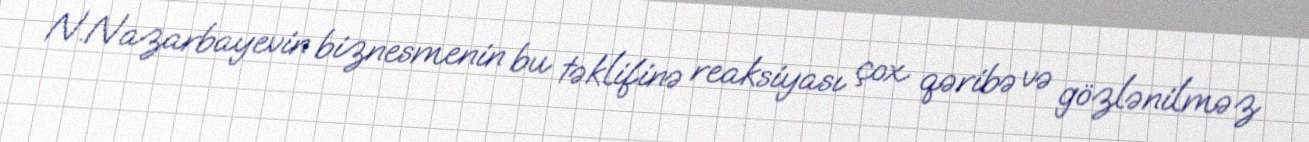
N.Nazarbayevin biznesmenin bu təklifinə reaksiyası çox qəribə və gözlənilməz